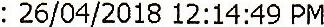
: 26/04/2018 12:14:49 PM